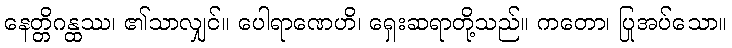
နေတ္တိဂန္ထဿ၊ ၏သာလျှင်။ ပေါရာဏေဟိ၊ ရှေးဆရာတို့သည်။ ကတော၊ ပြုအပ်သော။